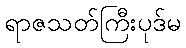
ရာဇသတ်ကြီးပုဒ်မ